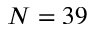
N = 3 9